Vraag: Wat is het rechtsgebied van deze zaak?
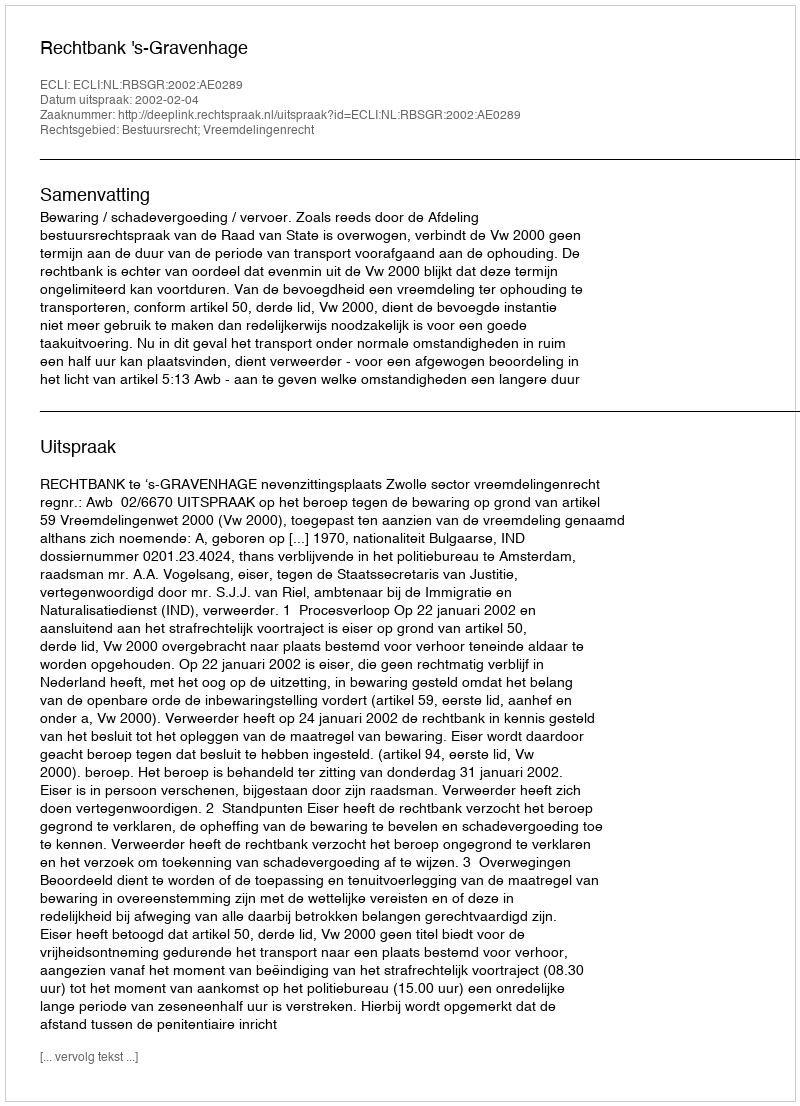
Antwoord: Bestuursrecht; Vreemdelingenrecht